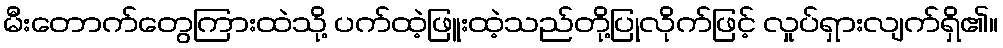
မီးတောက်တွေကြားထဲသို့ ပက်ထဲ့ဖြူးထဲ့သည်တို့ပြုလိုက်ဖြင့် လှုပ်ရှားလျက်ရှိ၏။